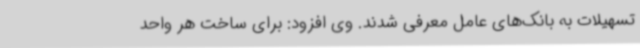
تسهیلات به بانک‌های عامل معرفی شدند. وی افزود: برای ساخت هر واحد